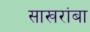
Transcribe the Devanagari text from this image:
साखरांबा